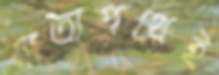
যাত্রাপথেই